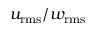
u _ { \mathrm { r m s } } / w _ { \mathrm { r m s } }